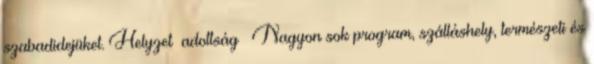
szabadidejüket. Helyzet adottság ▪Nagyon sok program, szálláshely, természeti és